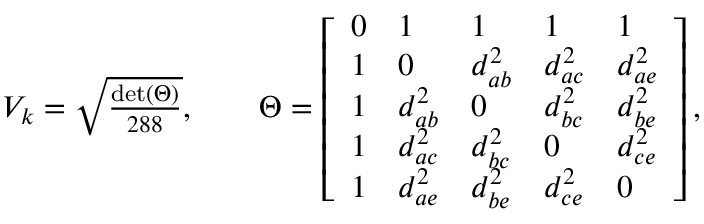
\begin{array} { r } { V _ { k } = \sqrt { \frac { \mathrm { d e t } ( \Theta ) } { 2 8 8 } } , \qquad \Theta = \left[ \begin{array} { l l l l l } { 0 } & { 1 } & { 1 } & { 1 } & { 1 } \\ { 1 } & { 0 } & { d _ { a b } ^ { 2 } } & { d _ { a c } ^ { 2 } } & { d _ { a e } ^ { 2 } } \\ { 1 } & { d _ { a b } ^ { 2 } } & { 0 } & { d _ { b c } ^ { 2 } } & { d _ { b e } ^ { 2 } } \\ { 1 } & { d _ { a c } ^ { 2 } } & { d _ { b c } ^ { 2 } } & { 0 } & { d _ { c e } ^ { 2 } } \\ { 1 } & { d _ { a e } ^ { 2 } } & { d _ { b e } ^ { 2 } } & { d _ { c e } ^ { 2 } } & { 0 } \end{array} \right] , } \end{array}